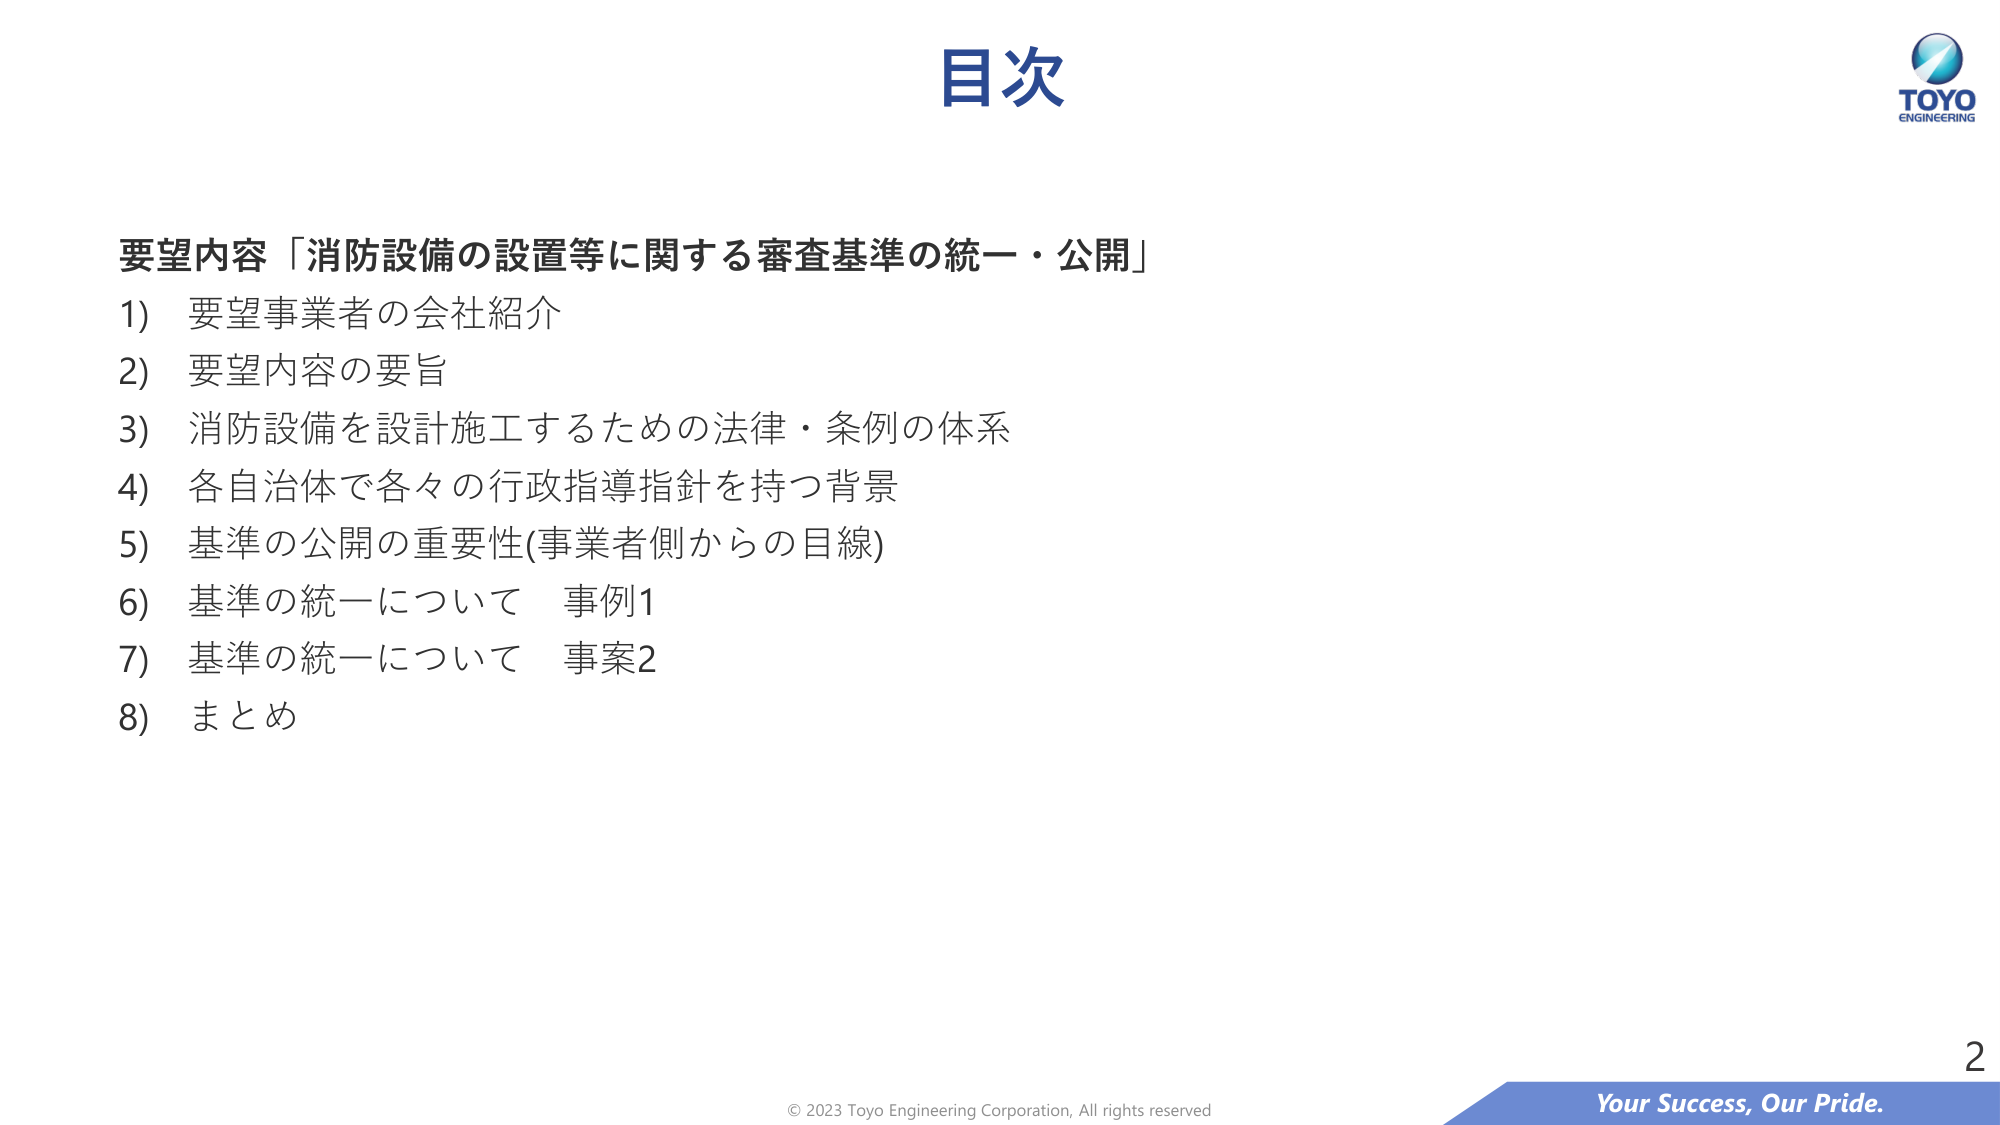
目次

要望内容「消防設備の設置等に関する審査基準の統一・公開」
1) 要望事業者の会社紹介
2) 要望内容の要旨
3) 消防設備を設計施工するための法律・条例の体系
4) 各自治体で各々の行政指導指針を持つ背景
5) 基準の公開の重要性(事業者側からの目線)
6) 基準の統一について 事例1
7) 基準の統一について 事案2
8) まとめ

TOYO
ENGINEERING

© 2023 Toyo Engineering Corporation, All rights reserved
Your Success, Our Pride.
2